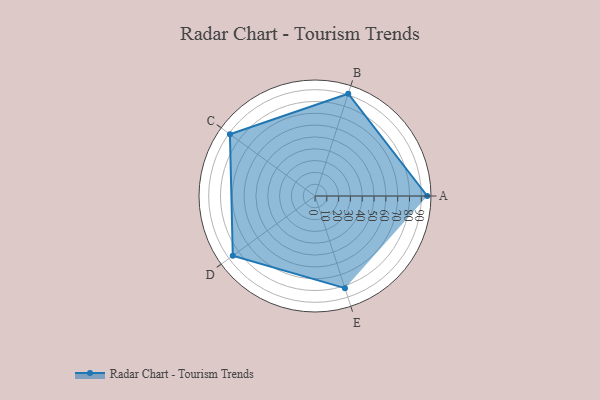
{"axis": {"x": "Skill", "y": "Score"}, "legend": ["Profile"], "data": [{"x": "A", "y": 95.0, "type": "Profile"}, {"x": "B", "y": 91.0, "type": "Profile"}, {"x": "C", "y": 89.0, "type": "Profile"}, {"x": "D", "y": 86.0, "type": "Profile"}, {"x": "E", "y": 82.0, "type": "Profile"}]}